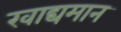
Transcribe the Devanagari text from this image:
खाद्यमान